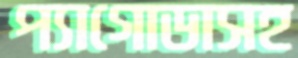
প্যাগোডাসহ